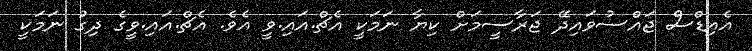
އެއިޑްސް ޖައްސުވައިދޭ ޖަރާސީމަށް ކިޔާ ނަމަކީ އެޗް.އައި.ވީ އެވެ. އެޗް.އައި.ވީގެ ދިގު ނަމަކީ